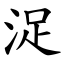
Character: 浞